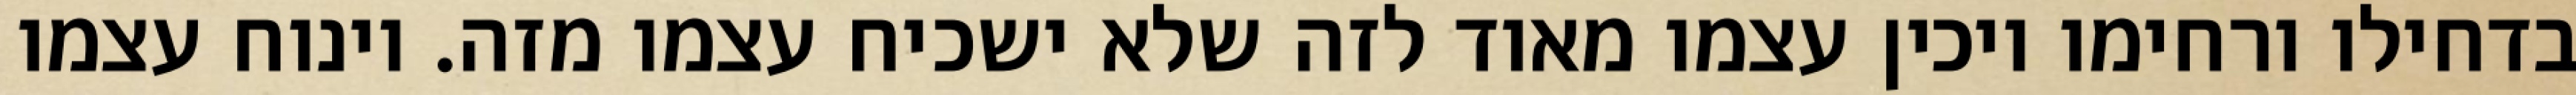
בדחילו ורחימו ויכין עצמו מאוד לזה שלא ישכיח עצמו מזה. וינוח עצמו